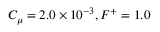
C _ { \mu } = 2 . 0 \times 1 0 ^ { - 3 } , F ^ { + } = 1 . 0